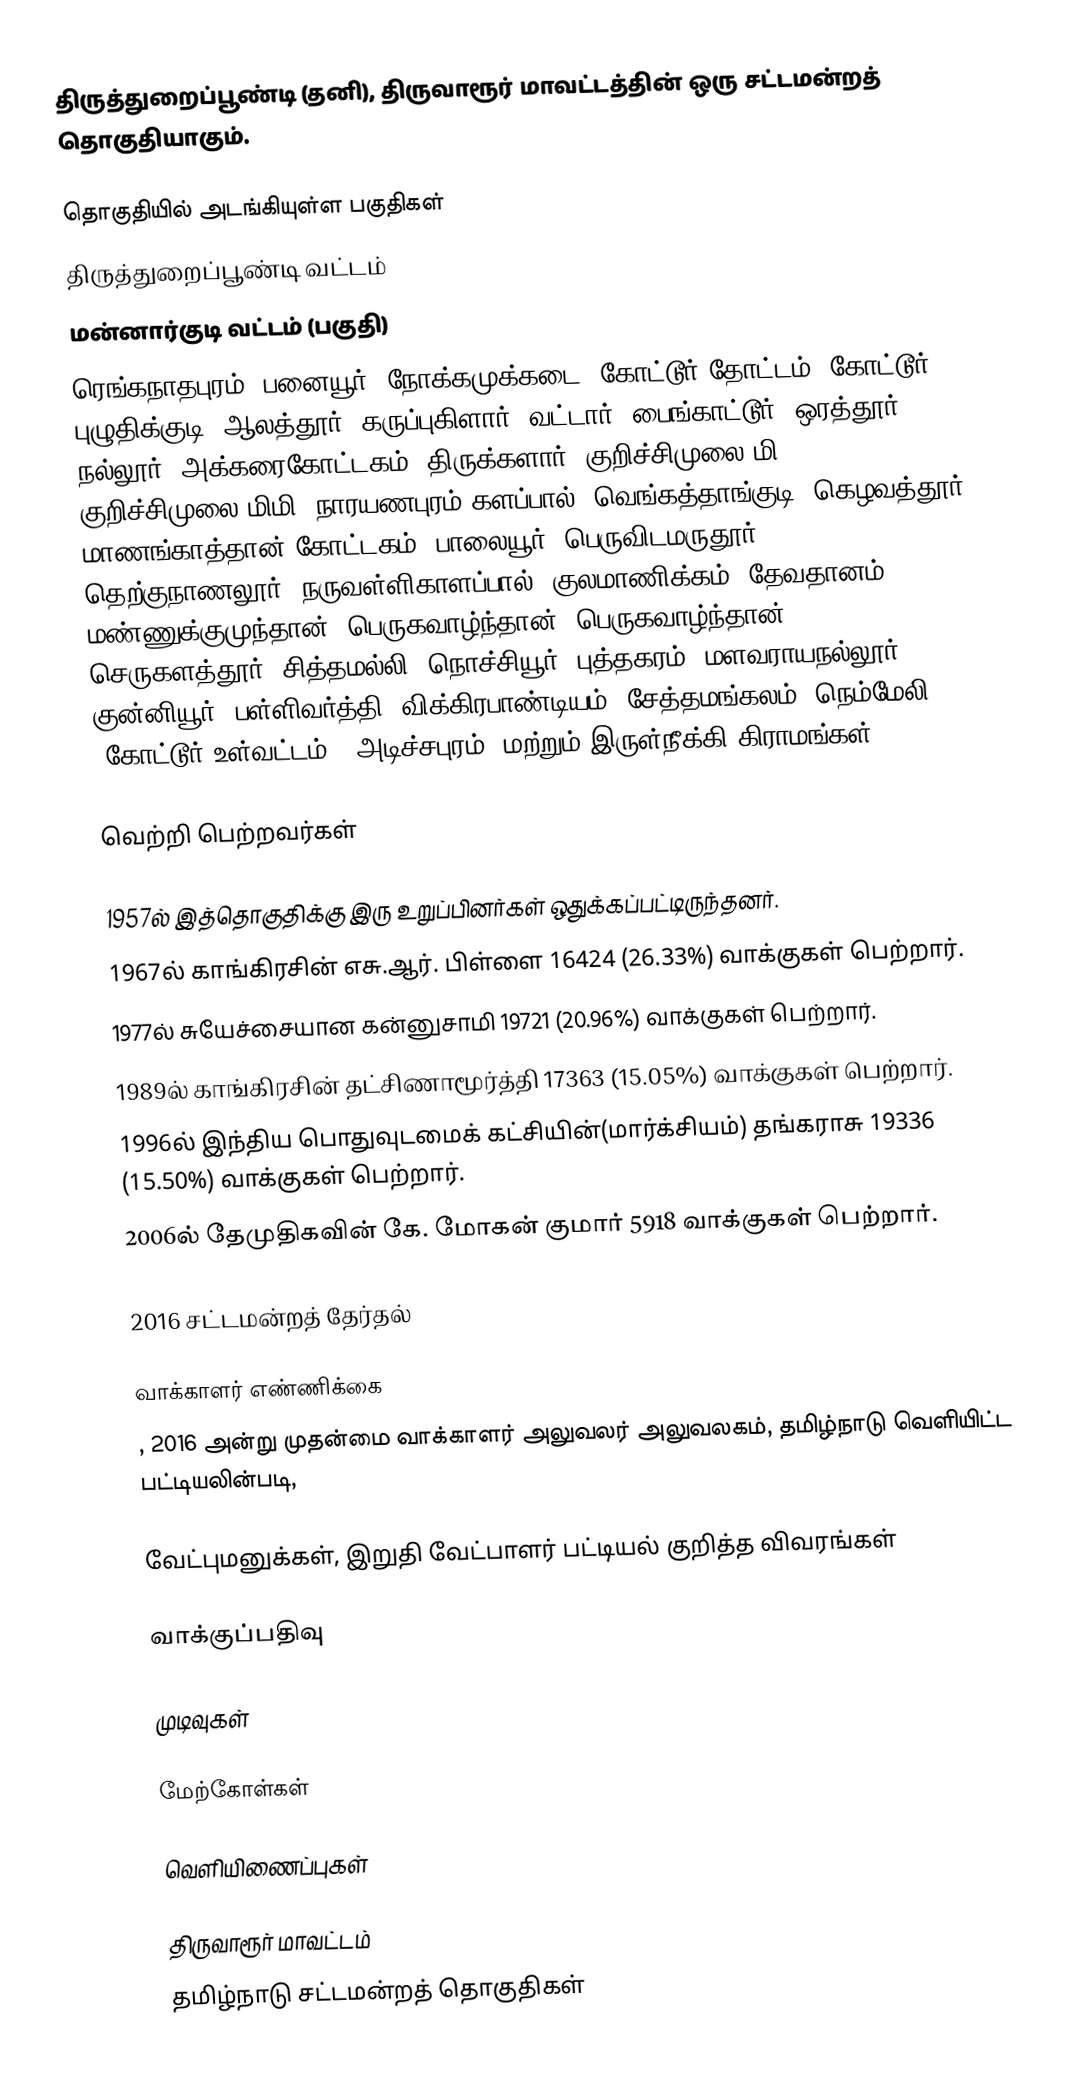
திருத்துறைப்பூண்டி (தனி),  திருவாரூர் மாவட்டத்தின் ஒரு சட்டமன்றத் தொகுதியாகும்.

தொகுதியில் அடங்கியுள்ள பகுதிகள்
திருத்துறைப்பூண்டி வட்டம்
மன்னார்குடி வட்டம் (பகுதி)
ரெங்கநாதபுரம், பனையூர், நோக்கமுக்கடை, கோட்டூர் தோட்டம், கோட்டூர், புழுதிக்குடி, ஆலத்தூர், கருப்புகிளார், வட்டார், பைங்காட்டூர், ஒரத்தூர், நல்லூர், அக்கரைகோட்டகம், திருக்களார், குறிச்சிமுலை-மி, குறிச்சிமுலை-மிமி, நாரயணபுரம் களப்பால், வெங்கத்தாங்குடி, கெழவத்தூர், மாணங்காத்தான் கோட்டகம், பாலையூர், பெருவிடமருதூர், தெற்குநாணலூர், நருவள்ளிகாளப்பால், குலமாணிக்கம், தேவதானம், மண்ணுக்குமுந்தான், பெருகவாழ்ந்தான், பெருகவாழ்ந்தான், செருகளத்தூர், சித்தமல்லி, நொச்சியூர், புத்தகரம், மளவராயநல்லூர், குன்னியூர், பள்ளிவர்த்தி, விக்கிரபாண்டியம், சேத்தமங்கலம், நெம்மேலி (கோட்டூர் உள்வட்டம்), அடிச்சபுரம், மற்றும் இருள்நீக்கி கிராமங்கள்.

வெற்றி பெற்றவர்கள்

1957ல் இத்தொகுதிக்கு இரு உறுப்பினர்கள் ஒதுக்கப்பட்டிருந்தனர்.
1967ல் காங்கிரசின் எசு.ஆர். பிள்ளை 16424 (26.33%) வாக்குகள் பெற்றார்.
1977ல் சுயேச்சையான கன்னுசாமி 19721 (20.96%) வாக்குகள் பெற்றார்.
1989ல் காங்கிரசின் தட்சிணாமூர்த்தி 17363 (15.05%) வாக்குகள் பெற்றார்.
1996ல் இந்திய பொதுவுடமைக் கட்சியின்(மார்க்சியம்) தங்கராசு 19336 (15.50%) வாக்குகள் பெற்றார்.
2006ல்  தேமுதிகவின் கே. மோகன் குமார் 5918 வாக்குகள் பெற்றார்.

2016 சட்டமன்றத் தேர்தல்

வாக்காளர் எண்ணிக்கை
, 2016 அன்று முதன்மை வாக்காளர் அலுவலர் அலுவலகம், தமிழ்நாடு வெளியிட்ட பட்டியலின்படி,

வேட்புமனுக்கள், இறுதி வேட்பாளர் பட்டியல் குறித்த விவரங்கள்

வாக்குப்பதிவு

முடிவுகள்

மேற்கோள்கள்

வெளியிணைப்புகள்

திருவாரூர் மாவட்டம்
தமிழ்நாடு சட்டமன்றத் தொகுதிகள்